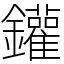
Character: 鑵